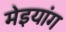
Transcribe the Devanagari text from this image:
मेइयांग